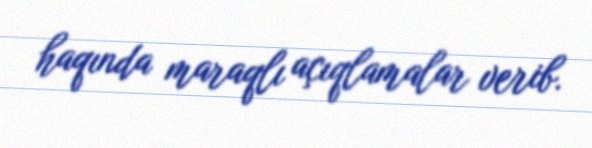
haqında maraqlı açıqlamalar verib.